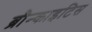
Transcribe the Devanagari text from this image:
ब्रौन्काइटिस